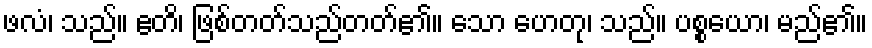
ဖလံ၊ သည်။ ဧတိ၊ ဖြစ်တတ်သည်တတ်၏။ သော ဟေတု၊ သည်။ ပစ္စယော၊ မည်၏။